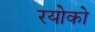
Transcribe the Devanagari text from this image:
रयोको